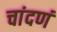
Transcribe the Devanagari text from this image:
चांदणं